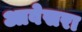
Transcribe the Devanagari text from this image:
आवेसरा